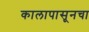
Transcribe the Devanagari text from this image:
कालापासूनचा